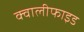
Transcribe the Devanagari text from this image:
क्वालीफाइड